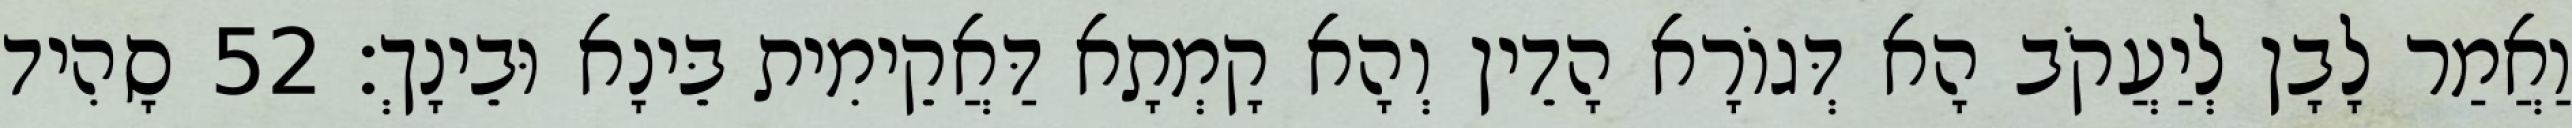
וַאֲמַר לָבָן לְיַעֲקֹב הָא דְּגוֹרָא הָדֵין וְהָא קָמְתָא דַּאֲקֵימִית בֵּינָא וּבֵינָךְ׃ 52 סָהִיד